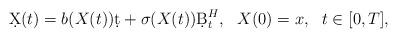
LaTeX: \begin{align*}\d X(t)=b(X(t))\d t+\sigma(X(t))\d B_t^H,\ \ X(0)=x, \ \ t\in[0,T],\end{align*}